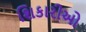
શિકારીઓ